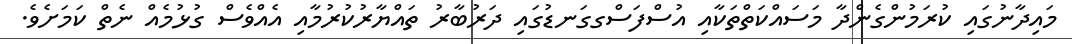
މައިދާނުގައި ކުރަމުންގެންދާ މަސައްކަތްތަކާއި އުސްފަސްގގަނޑުގައި ދަރުބާރު ތައްޔާރުކުރުމާއި އެއްވެސް ގުޅުމެއް ނެތް ކަމަށެވެ.